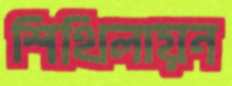
শিথিলায়ন